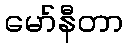
မော်နီတာ